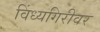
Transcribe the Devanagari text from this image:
विंध्यगिरीवर